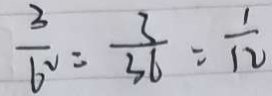
\frac { 3 } { 6 ^ { 2 } } = \frac { 3 } { 3 6 } = \frac { 1 } { 1 2 }